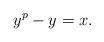
LaTeX: \begin{align*} y^p - y = x .\end{align*}